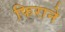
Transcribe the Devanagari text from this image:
फिराने